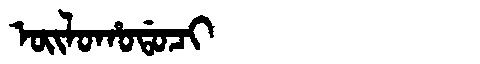
Manchu: ᠣᡳᠯᠣᡥᠣᡩᠣᠴᡳ
Romanization: OILOHODOCI